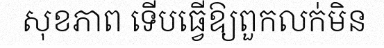
សុខភាព ទើបធ្វើឱ្យពួកលក់មិន